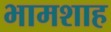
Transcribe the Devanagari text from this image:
भामशाह